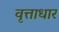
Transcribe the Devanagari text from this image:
वृत्ताधार